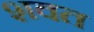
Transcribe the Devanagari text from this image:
शवत